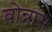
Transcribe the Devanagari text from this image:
बोन्नास